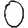
Digit: 0